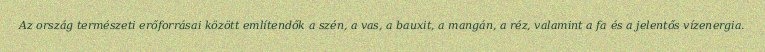
Az ország természeti erőforrásai között említendők a szén, a vas, a bauxit, a mangán, a réz, valamint a fa és a jelentős vízenergia.